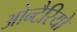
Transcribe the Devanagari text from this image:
ओन्टैरियो